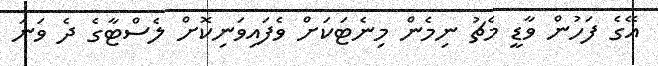
އޭގެ ފަހުން ވާޑީ މެޗު ނިމެން މިނެޓަކަށް ވެފައިވަނިކޮށް ލެސްޓާގެ ދެ ވަނަ